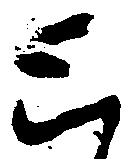
と